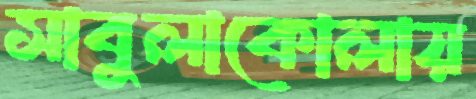
সাবুলাকোলায়